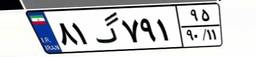
۸۱گ۷۹۱۹۵